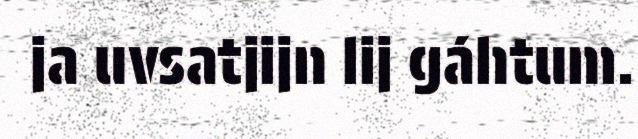
ja uvsatjijn lij gáhtum.